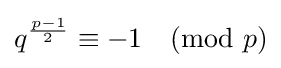
q^{\frac {p-1}{2}}\equiv -1{\pmod {p}}